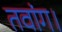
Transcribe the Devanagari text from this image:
तवांग।